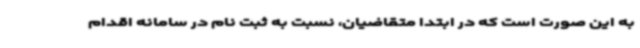
به این صورت است که در ابتدا متقاضیان، نسبت به ثبت نام در سامانه اقدام